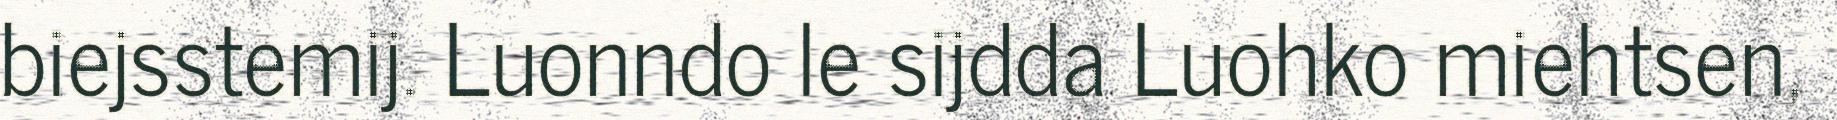
biejsstemij. Luonndo le sijdda Luohko miehtsen,